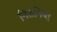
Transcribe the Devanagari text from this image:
नितनिया